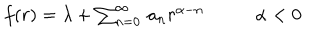
LaTeX: \begin{array} { c c } { { f ( r ) = \lambda + \sum _ { n = 0 } ^ { \infty } \, a _ { n } r ^ { \alpha - n } ~ ~ } } & { { ~ ~ \alpha < 0 } } \\ \end{array}